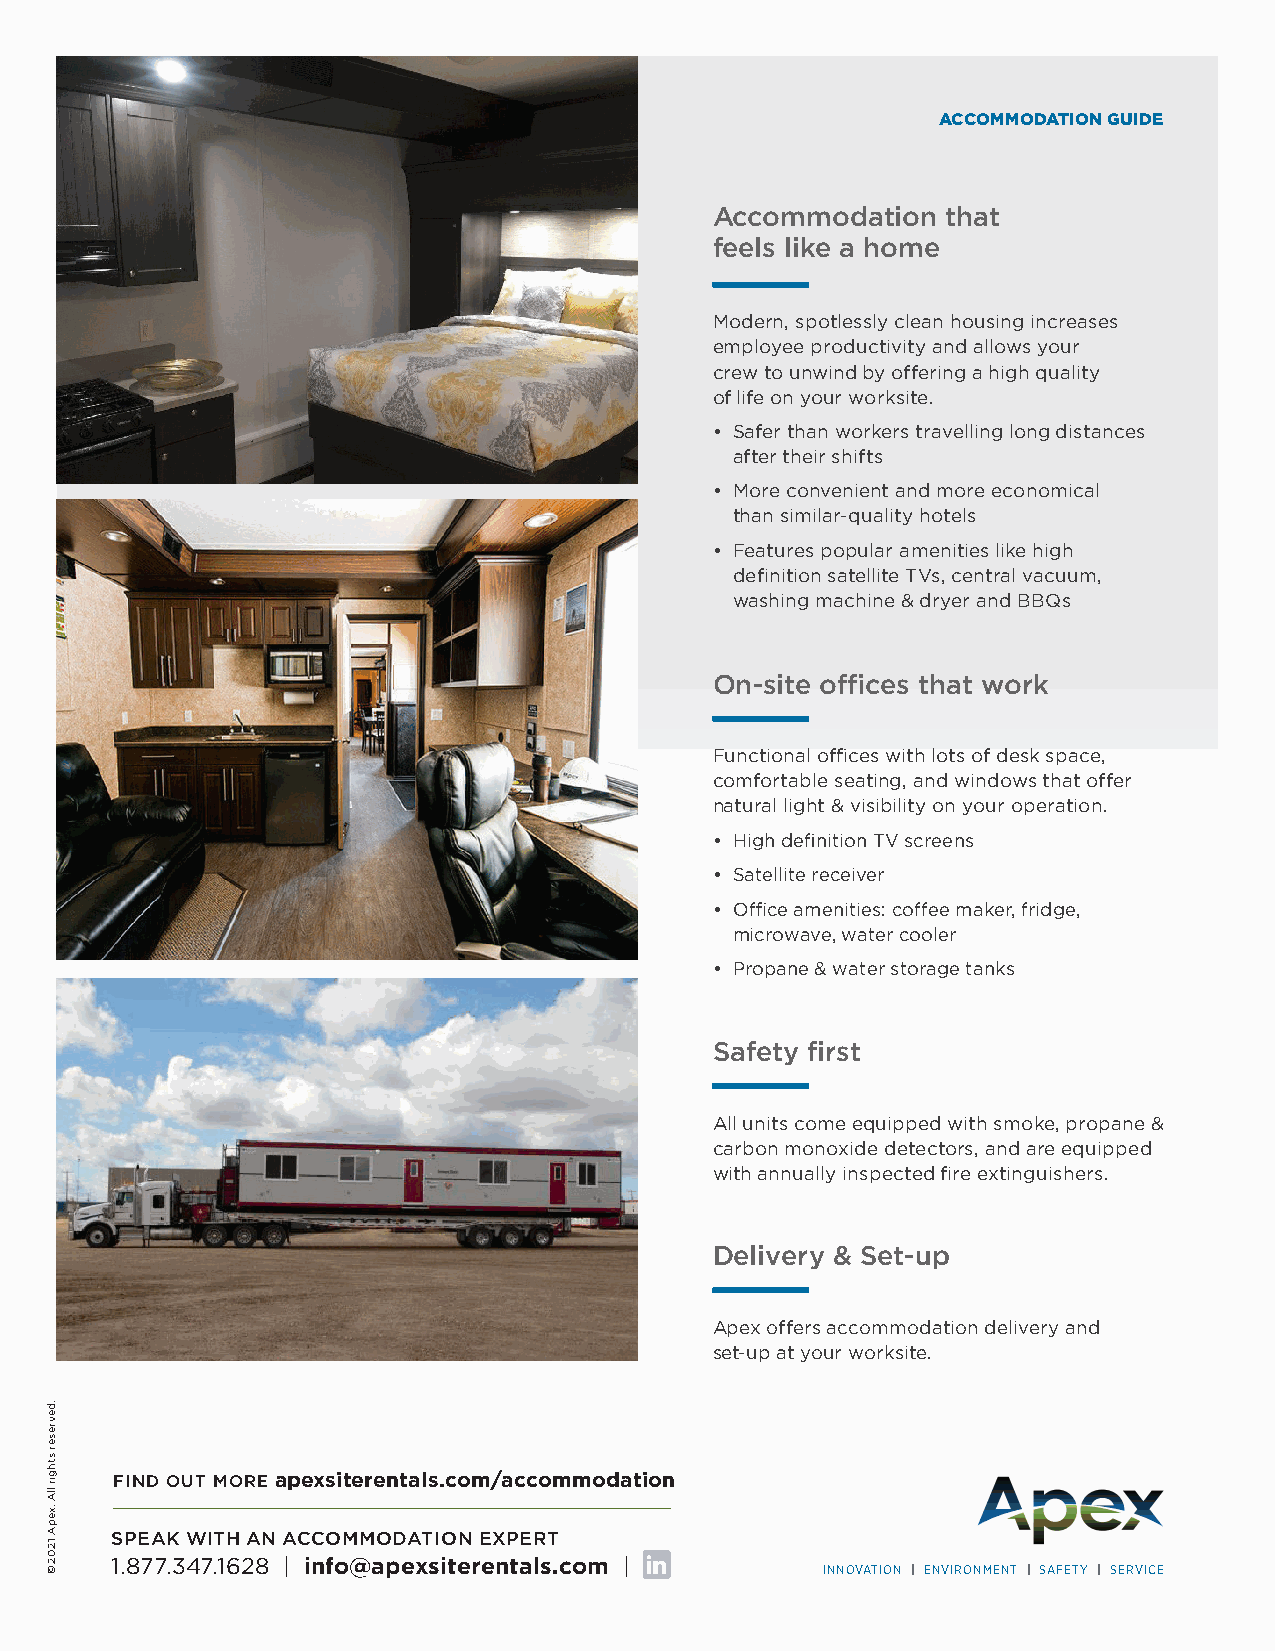
ACCOMMODATION GUIDE
 Accommodation   that
 feels like a home
 Modern, spotlessly clean housing increases
 employee productivity and allows your
 crew to unwind by offering a high quality
 of life on your worksite.
 • Safer than workers travelling long distances
 after their shifts
 • More convenient and more economical
 than similar-quality hotels
 • Features popular amenities like high
 definition satellite TVs, central vacuum,
 washing machine & dryer and BBQs
 On-site offices that work
 Functional offices with lots of desk space,
 comfortable seating, and windows that offer
 natural light & visibility on your operation.
 • H igh definition TV screens
 • S atellite receiver
 • O ffice amenities: coffee maker, fridge,
 microwave, water cooler
 • P ropane & water storage tanks
 Safety first
 All units come equipped with smoke, propane &
 carbon monoxide detectors, and are equipped
 with annually inspected fire extinguishers.
 Delivery & Set-up
 Apex offers accommodation delivery and
 set-up at your worksite.
 FIND OUT MORE apexsiterentals.com/accommodation
 SPEAK WITH AN ACCOMMODATION EXPERT
 1.877.347.1628 | info@apexsiterentals.com |
 INNOVATION | ENVIRONMENT | SAFETY | SERVICE
 .devreser
 sthgir
 llA
 .xepA
 1202
 ©